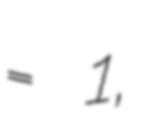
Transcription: = 1,